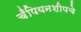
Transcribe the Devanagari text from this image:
चँपियनशीपचे